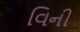
વિની